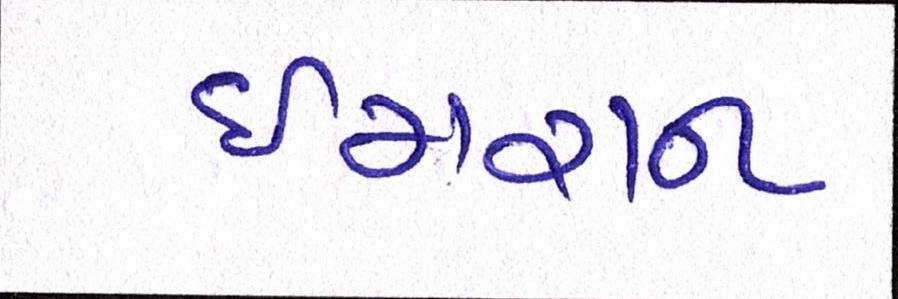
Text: ઈમરાન